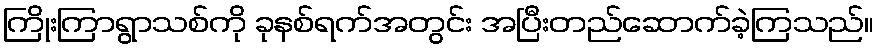
ကြိုးကြာရွာသစ်ကို ခုနစ်ရက်အတွင်း အပြီးတည်ဆောက်ခဲ့ကြသည်။